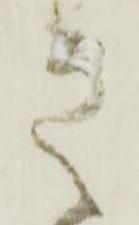
之